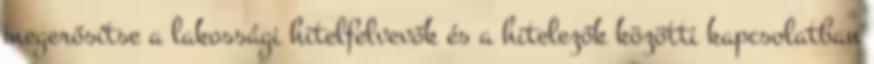
megerősítse a lakossági hitelfelvevők és a hitelezők közötti kapcsolatban